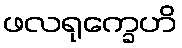
ဖလရုက္ခေဟိ